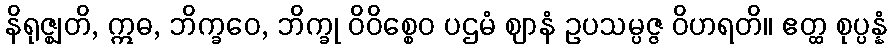
နိရုဇ္ဈတိ, ဣဓ, ဘိက္ခဝေ, ဘိက္ခု ဝိဝိစ္စေဝ ပဌမံ ဈာနံ ဥပသမ္ပဇ္ဇ ဝိဟရတိ။ ဧတ္ထ စုပ္ပန္နံ